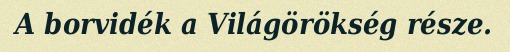
A borvidék a Világörökség része.